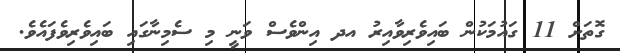
ގޮތަށް 11 ގައުމަކުން ބައިވެރިވާއިރު އދ އިންވެސް ވަނީ މި ސެމިނާގައި ބައިވެރިވެފައެވެ.